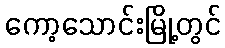
ကော့သောင်းမြို့တွင်